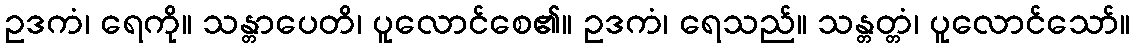
ဥဒကံ၊ ရေကို။ သန္တာပေတိ၊ ပူလောင်စေ၏။ ဥဒကံ၊ ရေသည်။ သန္တတ္တံ၊ ပူလောင်သော်။